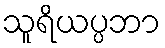
သူရိယပ္ပဘာ